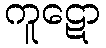
ကူဋော